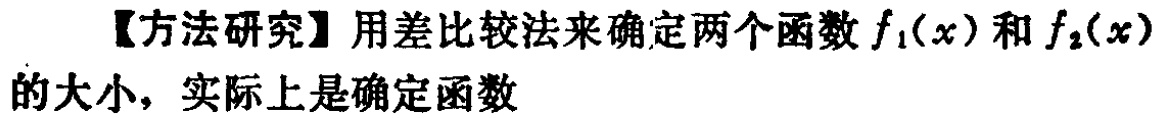
【方法研究】用差比较法来确定两个函数\(f_1(x)\)和\(f_2(x)\)的大小，实际上是确定函数